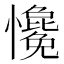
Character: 𢥋